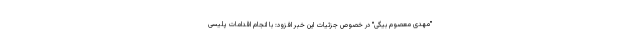
"مهدی معصوم بیگی" در خصوص جزئیات این خبر افزود: با انجام اقدامات پلیسی